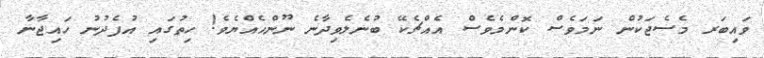
ވައިބަރ މެސެޖަކުން ނަމަވެސް ކޮންމެވެސް އެއްޗެކޭ ބުނެލެވިދާނެ ނޫންހެއްޔެވެ! ހިތުގައި އުފެދުނު ހައިޖާނާ